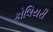
કોલિયરી